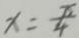
x = \frac { \pi } { 4 }